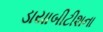
ડાયાબીટીશના